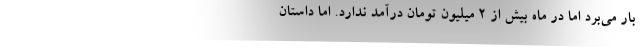
بار مي‌برد اما در ماه بيش از 2 ميليون تومان درآمد ندارد. اما داستان